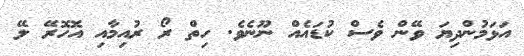
އަޅަމުންދިޔަ ވޭން ވެސް ކުޑައެއް ނޫނެވެ. ހިތް ރޯ ރުއިމާއި އޮހޮރޭ ލޭ